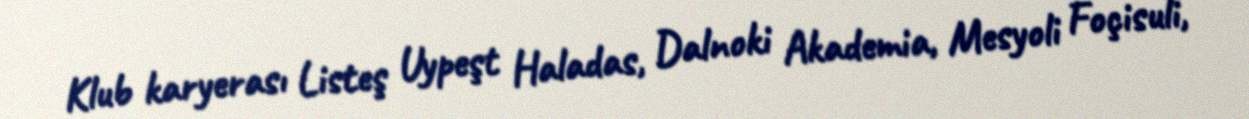
Klub karyerası Listeş Uypeşt Haladas, Dalnoki Akademia, Mesyoli Foçisuli,